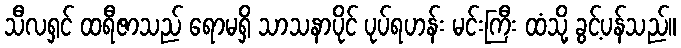
သီလရှင် ထရီဇာသည် ရောမရှိ သာသနာပိုင် ပုပ်ရဟန်း မင်းကြီး ထံသို့ ခွင့်ပန်သည်။